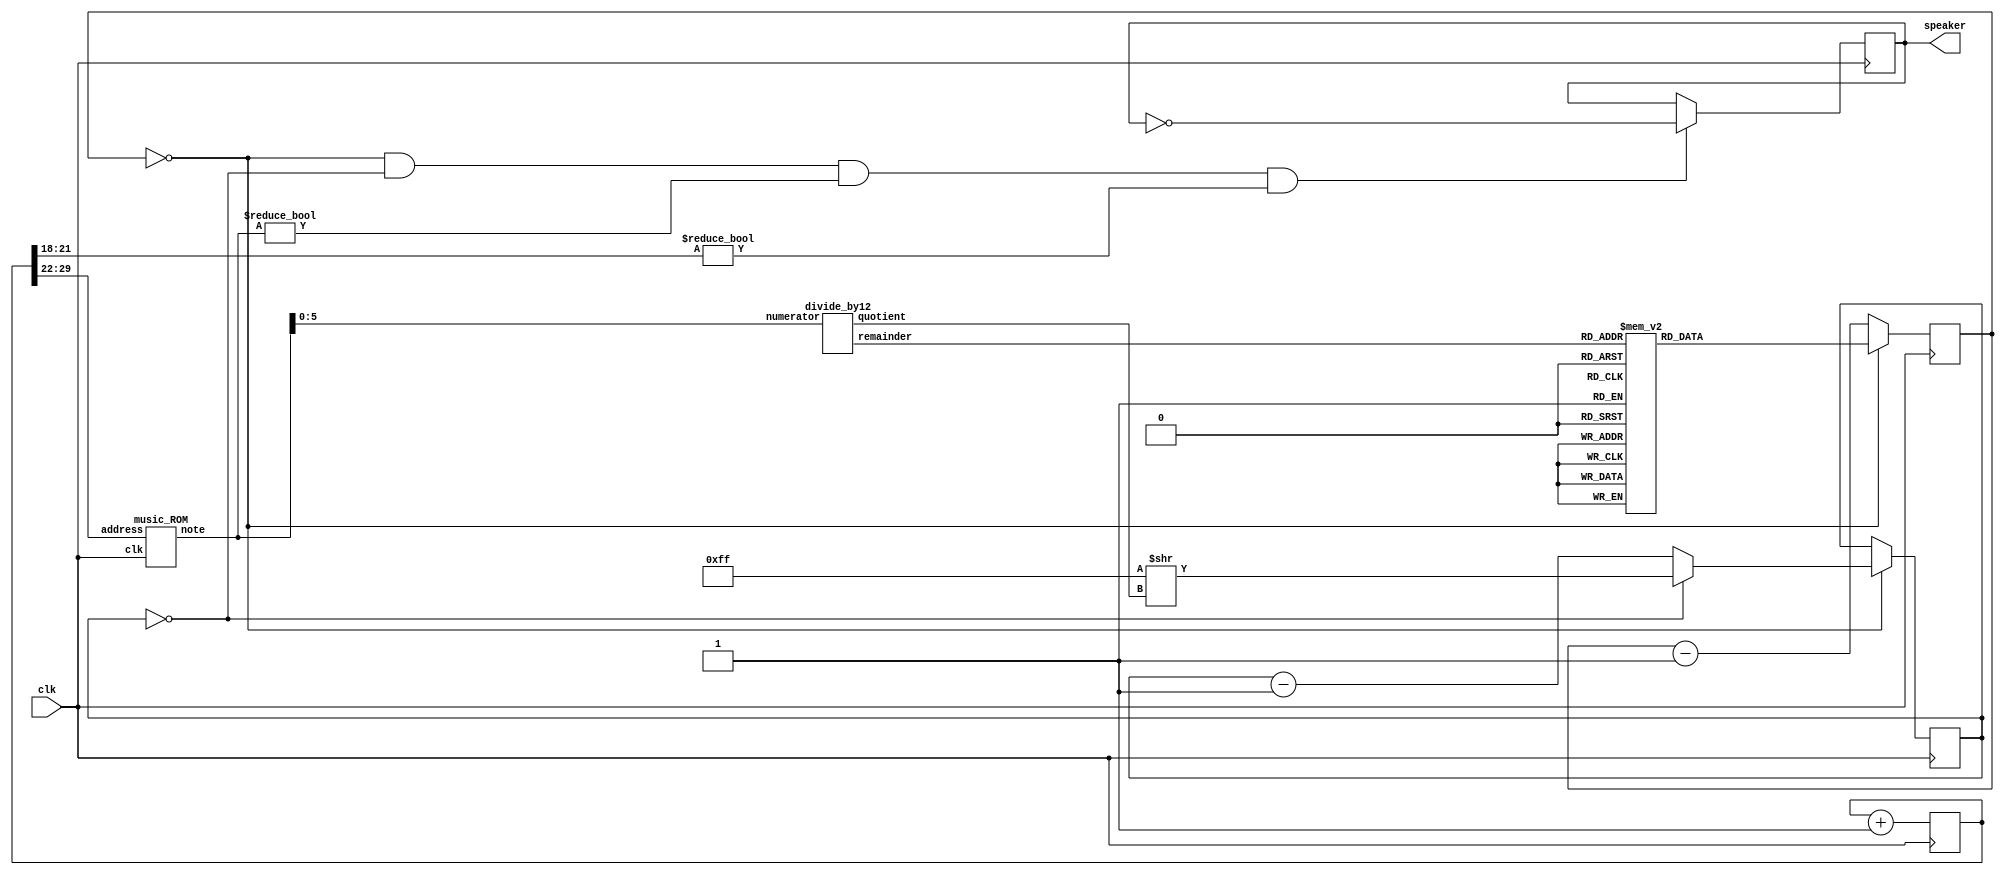
`timescale 1ns / 1ps
//////////////////////////////////////////////////////////////////////////////////

module MUSICA(
	input clk,
	output reg speaker
);

reg [29:0] tone;
always @(posedge clk) tone <= tone+30'd1;

wire [7:0] fullnote;
music_ROM get_fullnote(.clk(clk), .address(tone[29:22]), .note(fullnote));

wire [2:0] octave;
wire [3:0] note;
divide_by12 get_octave_and_note(.numerator(fullnote[5:0]), .quotient(octave), .remainder(note));

reg [8:0] clkdivider;
always @*
case(note)
	 0: clkdivider = 9'd511;//A
	 1: clkdivider = 9'd482;// A#/Bb
	 2: clkdivider = 9'd455;//B
	 3: clkdivider = 9'd430;//C
	 4: clkdivider = 9'd405;// C#/Db
	 5: clkdivider = 9'd383;//D
	 6: clkdivider = 9'd361;// D#/Eb
	 7: clkdivider = 9'd341;//E
	 8: clkdivider = 9'd322;//F
	 9: clkdivider = 9'd303;// F#/Gb
	10: clkdivider = 9'd286;//G
	11: clkdivider = 9'd270;// G#/Ab
	default: clkdivider = 9'd0;
endcase

reg [8:0] counter_note;
reg [7:0] counter_octave;
always @(posedge clk) counter_note <= counter_note==0 ? clkdivider : counter_note-9'd1;
always @(posedge clk) if(counter_note==0) counter_octave <= counter_octave==0 ? 8'd255 >> octave : counter_octave-8'd1;
always @(posedge clk) if(counter_note==0 && counter_octave==0 && fullnote!=0 && tone[21:18]!=0) speaker <= ~speaker;
endmodule


/////////////////////////////////////////////////////
module divide_by12(
	input [5:0] numerator,  // value to be divided by 12
	output reg [2:0] quotient, 
	output [3:0] remainder
);

reg [1:0] remainder3to2;
always @(numerator[5:2])
case(numerator[5:2])
	 0: begin quotient=0; remainder3to2=0; end
	 1: begin quotient=0; remainder3to2=1; end
	 2: begin quotient=0; remainder3to2=2; end
	 3: begin quotient=1; remainder3to2=0; end
	 4: begin quotient=1; remainder3to2=1; end
	 5: begin quotient=1; remainder3to2=2; end
	 6: begin quotient=2; remainder3to2=0; end
	 7: begin quotient=2; remainder3to2=1; end
	 8: begin quotient=2; remainder3to2=2; end
	 9: begin quotient=3; remainder3to2=0; end
	10: begin quotient=3; remainder3to2=1; end
	11: begin quotient=3; remainder3to2=2; end
	12: begin quotient=4; remainder3to2=0; end
	13: begin quotient=4; remainder3to2=1; end
	14: begin quotient=4; remainder3to2=2; end
	15: begin quotient=5; remainder3to2=0; end
endcase

assign remainder[1:0] = numerator[1:0];  // the first 2 bits are copied through
assign remainder[3:2] = remainder3to2;  // and the last 2 bits come from the case statement
endmodule
/////////////////////////////////////////////////////


module music_ROM(
	input clk,
	input [7:0] address,
	output reg [7:0] note
);



localparam DO  = 8'd18;
localparam RE  = 8'd20;
localparam MI  = 8'd22;
localparam FA  = 8'd23;
localparam SOL = 8'd25;
localparam LA  = 8'd27;
localparam SI  = 8'd29;

localparam DO_S  = 8'h30;
localparam RE_S  = 8'h32;
localparam MI_S  = 8'h34;
localparam FA_S  = 8'h35;
localparam SOL_S = 8'h37;
localparam LA_S  = 8'h39;
localparam SI_S  = 8'h41;



always @(posedge clk)
case(address)
	 
	 //////////////////////////
	 0: note<= FA;
	 3: note<= FA;	
	 6: note<= 00;	
	 9: note<= SOL;
	 12: note<= LA;	
	 15: note<= LA;
	 18: note<= 8'd00;
	 21: note<= MI;	 
	 
	 24: note<= FA;
	 27: note<= SOL;	
	 30: note<= LA;	
	 33: note<= RE;
	 36: note<= DO;	
	 39: note<= FA;
	 42: note<= LA;
	 45: note<= DO;	
	 
	 48: note<= 00;
 	 51: note<= 00;
	 54: note<= DO;
	 57: note<= DO;
	 60: note<= DO;
	 63: note<= DO;
	 66: note<= DO; 89: note<= SI; 90: note<= LA;
	 69: note<= FA; 93: note<= RE_S; 94: note<= FA;
	 
	 72: note<= FA;
	 75: note<= FA;
	 78: note<= FA;
	 81: note<= FA;
	 84: note<= 00;
	 87: note<= 00;
	 90: note<= 00;
	 93: note<= MI;
 
 ///////////////////
	 96: note<= FA;
	 99: note<= FA;	
	 102: note<= 00;	
	 105: note<= SOL;
	 108: note<= LA;	
	 111: note<= LA;
	 114: note<= 8'd00;
	 117: note<= MI;	 
	
 	 120: note<= FA;
	 123: note<= SOL;	
	 126: note<= LA;	
	 129: note<= RE;
	 132: note<= DO;	
	 135: note<= LA;
	 138: note<= DO;
	 141: note<= SI_S;	 
	 
	 
	 144: note<= SI;
	 147: note<= SI;	
	 150: note<= SI;	
	 153: note<= SI;
	 156: note<= SI;	
	 159: note<= SI;	 
	 162: note<= SI;
	 165: note<= SI;
	
	 168: note<= SI;
	 171: note<= SI;
	 174: note<= SI;	
	 177: note<= SI;	
	 200: note<= SI;
	 203: note<= 00;	
	 206: note<= 00;
	 209: note<= 00;
	 212: note<= MI;

	 215: note<= FA;
	 218: note<= FA;	
	 221: note<= 00;	
	 224: note<= SOL;
	 227: note<= LA;	

	default: note <= note;
endcase
endmodule ///////////////////////////////////////////////////